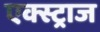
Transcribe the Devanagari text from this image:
एक्स्ट्राज